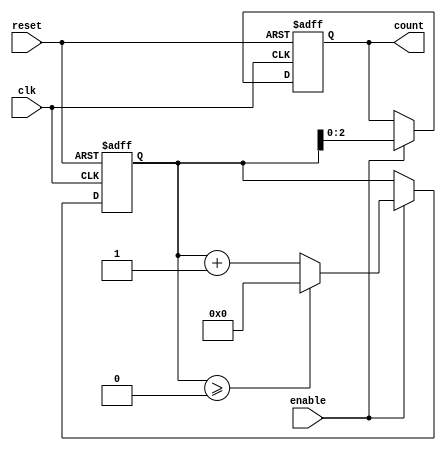
module mixed_radix_counter #(
    parameter NUM_STAGES = 3,          // Number of stages
    parameter [NUM_STAGES*8-1:0] RADIXES = {8'd2, 8'd3, 8'd4} // Radix values for each stage
)(
    input wire clk,                     // Clock input
    input wire reset,                   // Asynchronous reset
    input wire enable,                  // Enable signal
    output reg [NUM_STAGES-1:0] count  // Output count in mixed-radix format
);

    // Internal registers to hold the current count for each stage
    reg [7:0] stage_count [0:NUM_STAGES-1];

    integer i;

    // Asynchronous reset and counting logic
    always @(posedge clk or posedge reset) begin
        if (reset) begin
            // Reset all stages to zero
            for (i = 0; i < NUM_STAGES; i = i + 1) begin
                stage_count[i] <= 0;
            end
            count <= 0;
        end else if (enable) begin
            // Increment the least significant stage
            stage_count[0] <= stage_count[0] + 1;

            // Handle carry-over for each stage
            for (i = 0; i < NUM_STAGES; i = i + 1) begin
                if (stage_count[i] >= RADIXES[i]) begin
                    stage_count[i] <= 0; // Reset current stage
                    if (i + 1 < NUM_STAGES) begin
                        stage_count[i + 1] <= stage_count[i + 1] + 1; // Increment next stage
                    end
                end
            end
            
            // Combine stage counts into the output
            count <= {stage_count[NUM_STAGES-1], stage_count[NUM_STAGES-2], stage_count[NUM_STAGES-3]};
        end
    end

endmodule